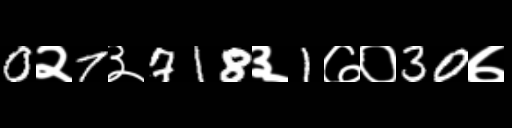
Text: 0२7३718३1७०30७